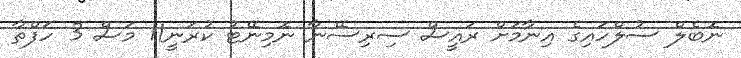
ނޮބެލް ސުލްހައިގެ އިނާމަށް ރައީސް ސިރިސޭނާ ނޮމިނޭޓު ކުރަނީ11 މަސް 3 ހަފްތާ